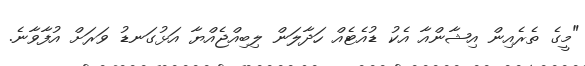
"މީގެ ތެރެއިން އިޝާންއާ އެކު ޑުއެޓެއް ހަދާލަން ލިބިއްޖެއްޔާ އަޅުގަނޑު ވަރަށް އުފާވާނެ.